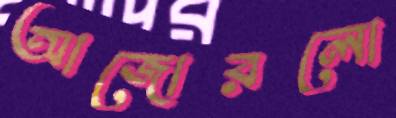
আজোরলো